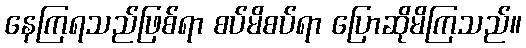
နေကြရသည်ဖြစ်ရာ စပ်မိစပ်ရာ ပြောဆိုမိကြသည်။